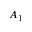
A _ { 1 }